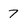
Character: 7